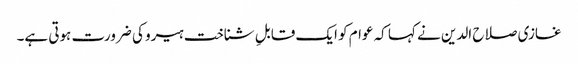
غازی صلاح الدین نے کہا کہ عوام کو ایک قابلِ شناخت ہیرو کی ضرورت ہوتی ہے۔